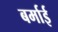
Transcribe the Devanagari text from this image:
बर्माई